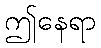
ဤနေရာ